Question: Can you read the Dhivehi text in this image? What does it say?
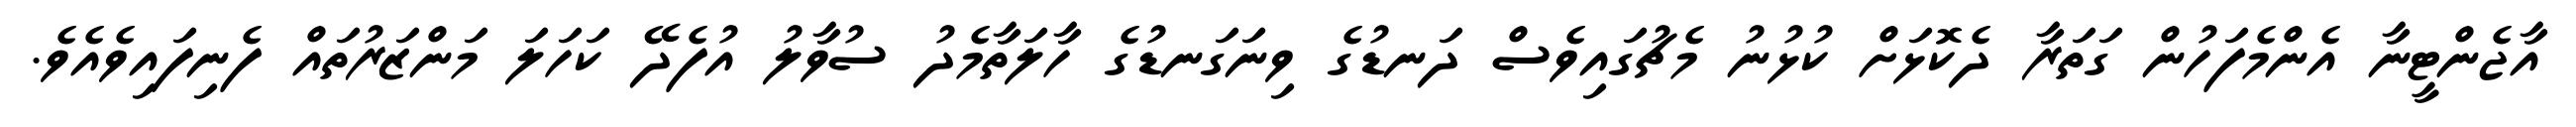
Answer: އާޖެންޓީނާ އެންމެފަހުން ގަތަރާ ދެކޮޅަށް ކުޅުނު މެޗުގައިވެސް ދަނޑުގެ ވިނަގަނޑުގެ ހާލަތާމެދު ސުވާލު އުފެދޭ ކަހަލަ މަންޒަރުތައް ފެނިފައިވެއެވެ.